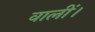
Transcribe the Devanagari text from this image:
वालीं।